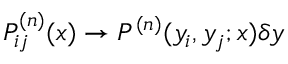
P _ { i j } ^ { ( n ) } ( x ) \to P ^ { ( n ) } ( y _ { i } , y _ { j } ; x ) \delta y